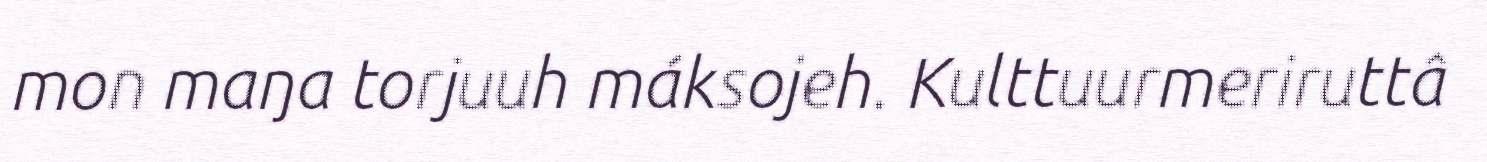
mon maŋa torjuuh máksojeh. Kulttuurmeriruttâ